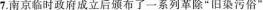
7.南京临时政府成立后颁布了一系列革除”旧染污俗”